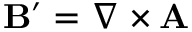
\mathbf { B } ^ { \prime } = \nabla \times \mathbf { A }